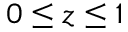
0 \leq z \leq 1